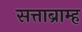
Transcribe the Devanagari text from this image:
सत्ताब्राम्ह